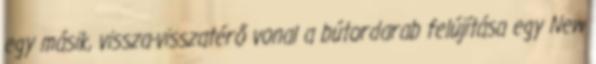
egy másik, vissza-visszatérő vonal a bútordarab felújítása egy New